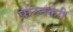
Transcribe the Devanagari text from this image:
पाटनकरी